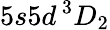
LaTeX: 5s5d\, ^{3}D_{2}